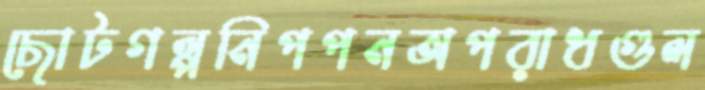
ছোটগল্পনিপপনঅপরাধগুল